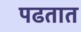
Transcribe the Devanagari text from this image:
पढतात